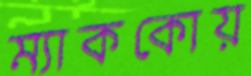
ম্যাককোয়